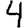
Digit: 4